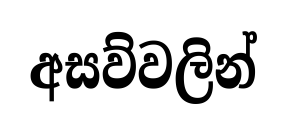
අසව්වලින්